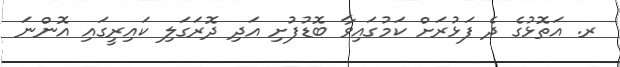
ރ. އަތޮޅުގެ ދެ ފަޅުރަށް ކަމުގައިވާ ބޮޑުފުށި އަދި ދޮރަގަލި ކައިރީގައި އޮންނަ